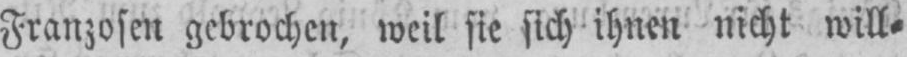
Franzosen gebrochen, weil sie sich ihnen nicht will⸗